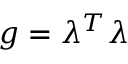
g = \lambda ^ { T } \lambda